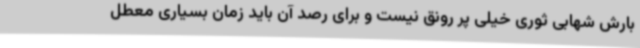
بارش شهابی ثوری خیلی پر رونق نیست و برای رصد آن باید زمان بسیاری معطل